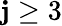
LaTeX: \mathbf{j}\ge3